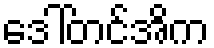
ဒေါ်တင်အိက